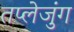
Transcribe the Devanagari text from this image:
तप्लेजुंग